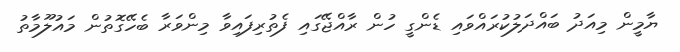
ޔާމީން މިއަދު ބަައްދަލުކުރައްވައި ޑެންގީ ހުން ރާއްޖޭގައި ފެތުރިފައިވާ މިންވަރާ ބެހޭގޮތުން މައުލޫމާތު